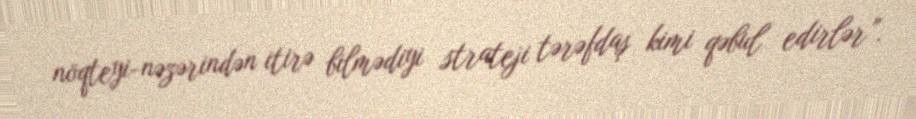
nöqteyi-nəzərindən itirə bilmədiyi strateji tərəfdaş kimi qəbul edirlər”.